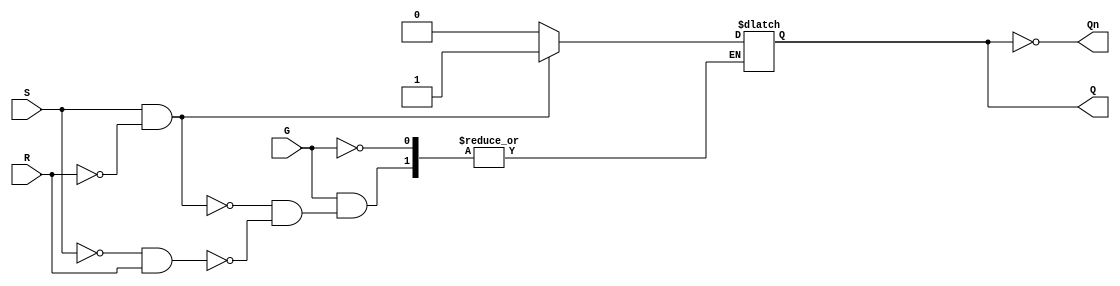
module gated_sr_latch (
    input wire S,      // Set input
    input wire R,      // Reset input
    input wire G,      // Enable input
    output reg Q,      // Output Q
    output wire Qn     // Complementary output Q'
);

// Assign the complementary output Qn
assign Qn = ~Q;

// Always block to implement the latch behavior
always @ (G or S or R) begin
    if (G) begin
        if (S && ~R) begin
            Q <= 1'b1;  // Set Q to 1
        end else if (~S && R) begin
            Q <= 1'b0;  // Reset Q to 0
        end
        // If both S and R are low, maintain current state (do nothing)
        // If both S and R are high, this is an invalid state
    end
    // When G is low, maintain the current state (no change)
end

endmodule